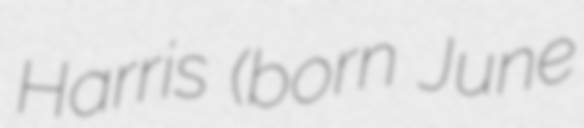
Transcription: Harris (born June